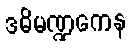
ဒဓိမဏ္ဍကေန